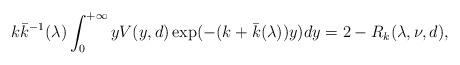
LaTeX: \begin{align*}k \bar k^{-1}(\lambda) \int_0^{+\infty} y V(y,d) \exp(-(k +\bar k(\lambda)) y)dy=2 - R_k(\lambda, \nu, d),\end{align*}